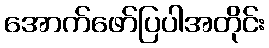
အောက်ဖော်ပြပါအတိုင်း